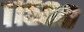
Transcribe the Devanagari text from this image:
११५००